system: You are a helpful assistant.
user:
Analyze the provided spectrum to determine if it is a **White Dwarf (WD)**.

A White Dwarf spectrum is defined by its **extreme purity** (due to gravitational settling) and/or **extreme pressure broadening** (due to high surface gravity). You must check for one of the following mutually exclusive signatures:

- **Key Visual Indicators (Check for ONE of these types):**

    - **1. DA-Type Signature (Most Common):**
        - **(Primary Feature):** Extreme pressure broadening (Stark broadening) of the **Hydrogen (H) Balmer lines**.
        - **(Key Lines):** $H\beta$ (approx. $4861$ Å) and $H\gamma$ (approx. $4340$ Å). $H\alpha$ (approx. $6563$ Å) will also be present if the wavelength range covers it.
        - **(Line Profile):** This is the **defining feature**. The lines are **NOT** sharp. They appear as massive, **extremely broad and deep "troughs" or "dips"** in the spectrum, often hundreds of Ångströms wide. The continuum will appear to "scoop" down at these wavelengths.
        - **(Distinction):** Normal A-type or B-type stars have *narrow* and *sharp* Hydrogen lines. A DA White Dwarf's lines are unmistakably "smeared" or "blurry" from pressure.

    - **2. DB-Type Signature:**
        - **(Primary Feature):** Broad absorption lines from **Neutral Helium (He I)**. The spectrum must lack any visible Hydrogen lines.
        - **(Key Lines):** Look for broad absorption near $4471$ Å, $4921$ Å, and $5876$ Å.
        - **(Line Profile):** These lines are also significantly pressure-broadened, appearing much wider than they would in a normal B-type main-sequence star.

    - **3. DC-Type Signature:**
        - **(Primary Feature):** A **featureless continuous spectrum**.
        - **(Line Profile):** The spectrum is a smooth curve with **no significant absorption or emission lines**.
        - **(Key Confirmation):** The continuum is almost always **blue or white**, indicating a hot object. This signature implies the atmosphere is so pure (or so cool) that no spectral lines are visible in the optical range. Its WD identity is confirmed by its extremely low intrinsic brightness (high absolute magnitude).

    - **4. DZ-Type Signature (Metal-Polluted):**
        - **(Primary Feature):** **Isolated, narrow metal absorption lines** on an otherwise featureless (DC-like) continuum.
        - **(Key Lines):** The **Calcium (Ca II) H & K doublet** (approx. **$3934$ Å** and **$3968$ Å**) is the most common and defining feature.
        - **(Line Profile):** These lines are "out of place." They are *not* part of a "forest" of thousands of lines. This signature is evidence of recent *accretion* (pollution) from rocky debris.
        - **(Distinction):** Normal G/K/M stars have a *dense forest* of thousands of metal lines. A DZ has a *clean* continuum with *only a few* strong metal lines.

    - **5. DQ-Type Signature (Carbon-Polluted):**
        - **(Primary Feature):** Absorption bands from **Carbon (C₂ "Swan Bands" or atomic C I)**.
        - **(Key Lines - C₂):** Look for bandheads with a "saw-tooth" shape near $5635$ Å, **$5165$ Å** (strongest), and $4737$ Å.
        - **(Key Confirmation):** The underlying **continuum must be blue or white** (hot).
        - **(Distinction):** This is the critical difference from a **Carbon Star**, which has the *exact same* C₂ bands but on an extremely **red, cool** continuum.

- **(Overall Spectrum):**
    - The continuum (overall shape) is typically **blue-sloping** (brighter in the blue than the red), as most white dwarfs are very hot.
    - The spectrum will look "pure" or "simple," dominated by only *one* of the five signatures listed above.

Think first, call **spectral_visualization_tool** if needed to examine features in detail, then provide your final answer. Your response must adhere to the following strict rules:
1.  **Overall Structure:** Your response must follow the format `<think>...</think> <tool_call>...</tool_call> (if a tool is used) <answer>...</answer>`.
2.  **Tool Usage Constraint:** You may only make **one** tool call per turn.
3.  **Final Answer Format:** In the `<answer>` tag, your conclusion must be inside a `\boxed{}` command (e.g., `\boxed{YES}` or `\boxed{NO}`), followed by your justification.

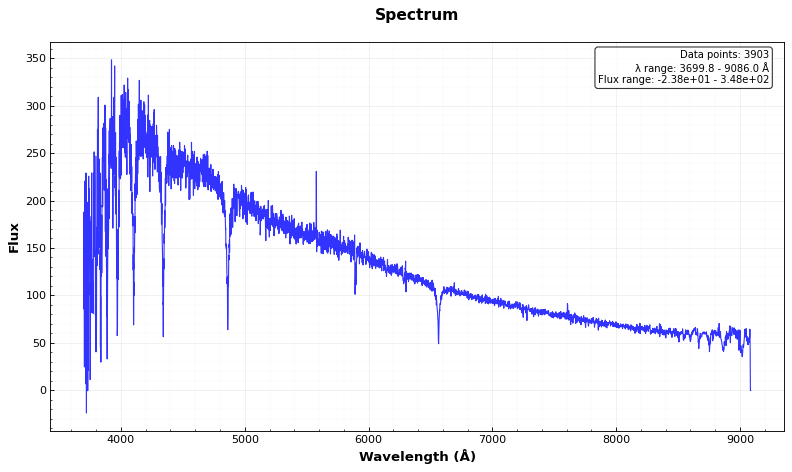
Answer: NO